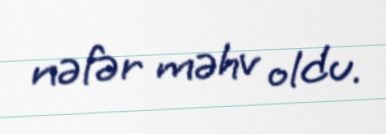
nəfər məhv oldu.